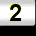
Digit: 2